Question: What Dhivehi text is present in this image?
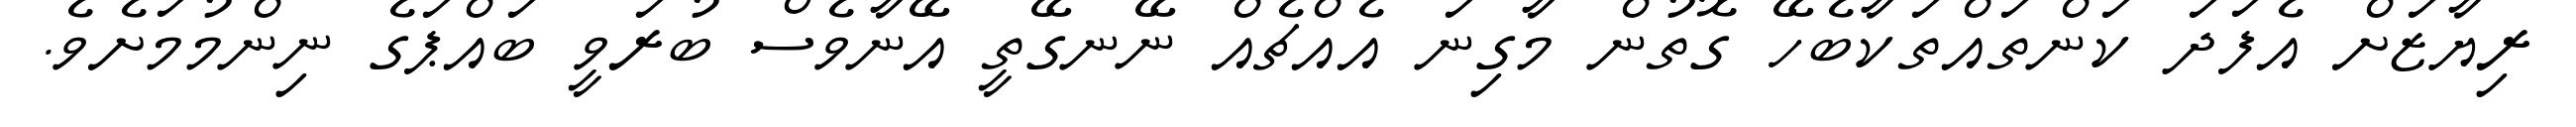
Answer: ރިޔާޒަށް އެފަދަ ކަންތައްތަކާބެހޭ ގޮތުން މާގިނަ އެއްޗެއް ނޭނގޭތީ އޭނާވެސް ބުރަވީ ބައްޕަގެ ނިންމުމަށެވެ.